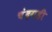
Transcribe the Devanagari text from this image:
चंंदगडी